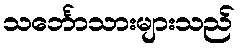
သင်္ဘောသားများသည်